65_HS1-834228961_62-HQ-83894_Section_6
Agency: FBI
Page 152
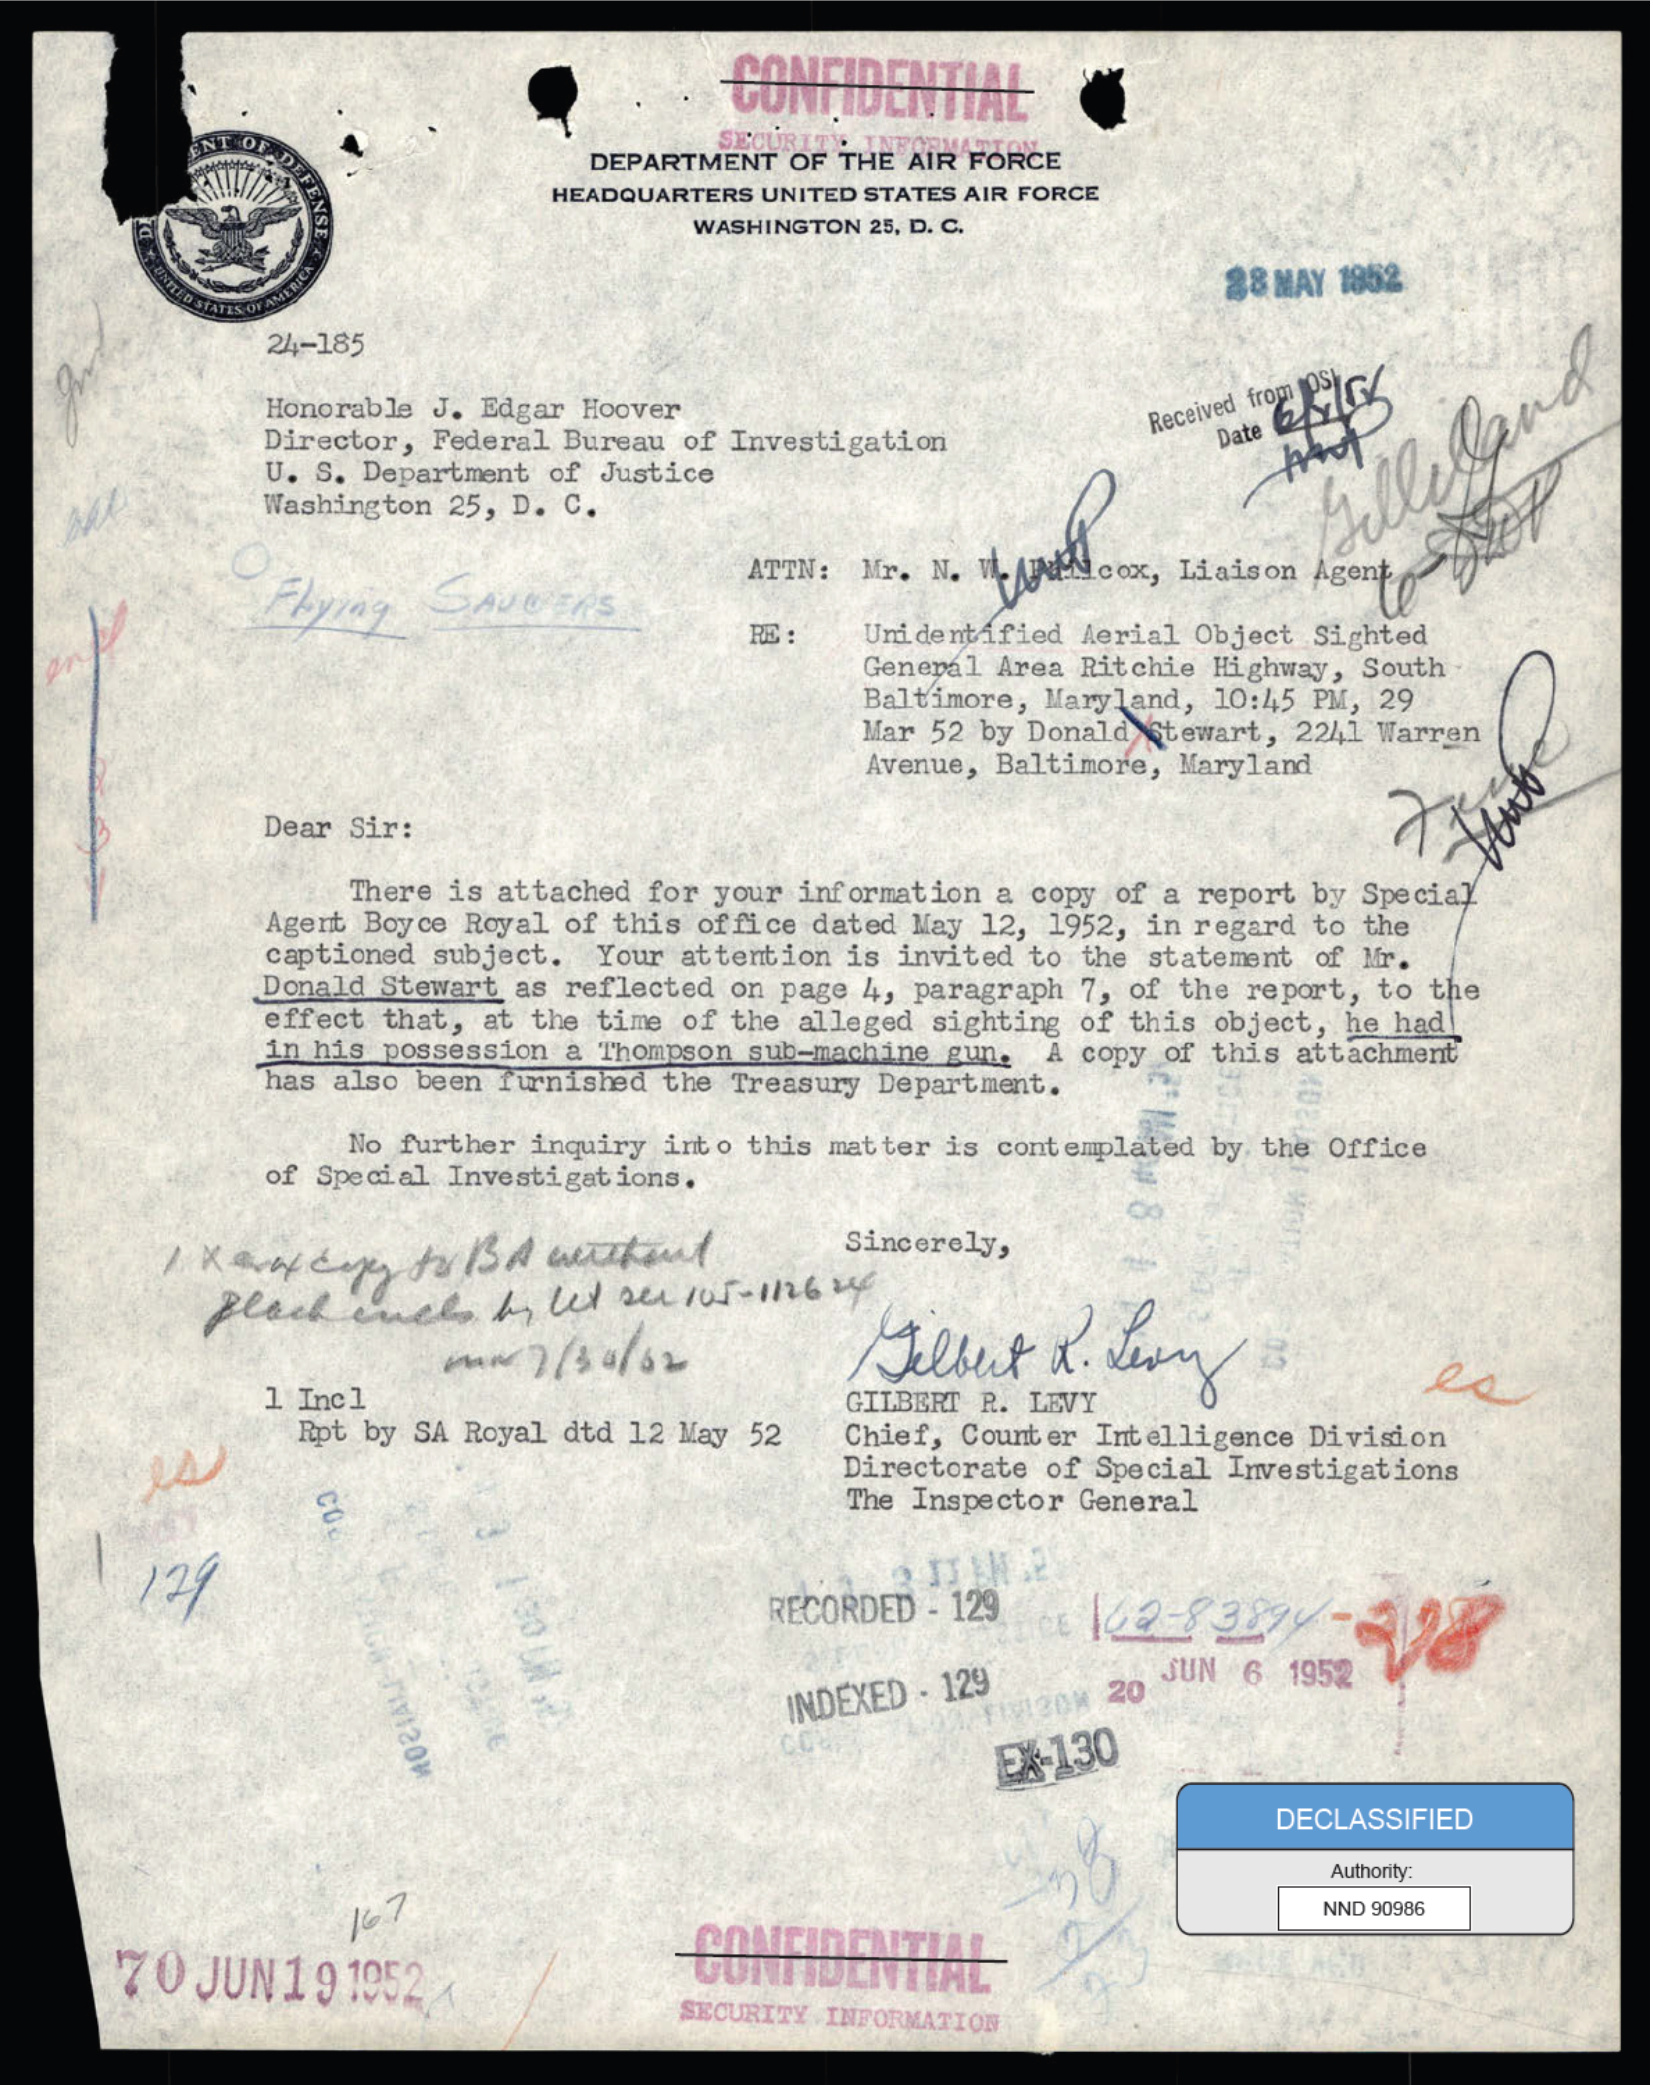